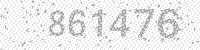
Solution: 861476